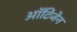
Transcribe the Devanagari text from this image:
ऑटिजेन